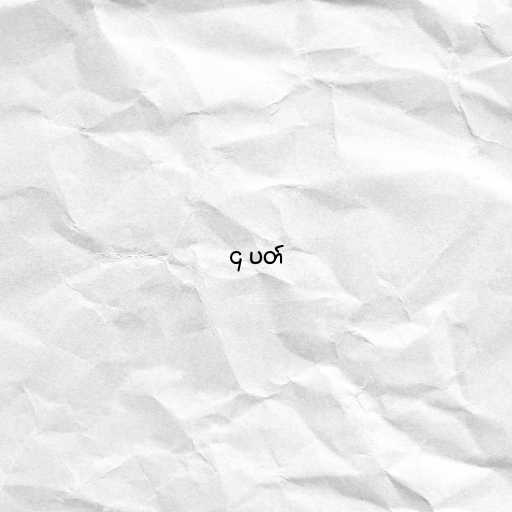
၄ ပတ်